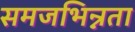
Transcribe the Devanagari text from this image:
समजभिन्नता